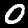
Digit: 0